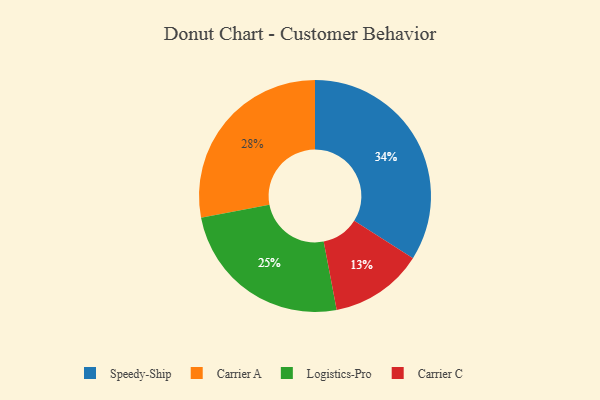
{"axis": {"x": "Category", "y": "Percentage"}, "legend": ["Carrier A", "Carrier C", "Logistics-Pro", "Speedy-Ship"], "data": [{"x": "Logistics-Pro", "y": 25, "type": "Logistics-Pro"}, {"x": "Speedy-Ship", "y": 34, "type": "Speedy-Ship"}, {"x": "Carrier C", "y": 13, "type": "Carrier C"}, {"x": "Carrier A", "y": 28, "type": "Carrier A"}]}